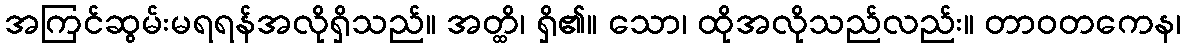
အကြင်ဆွမ်းမရရန်အလိုရှိသည်။ အတ္ထိ၊ ရှိ၏။ သော၊ ထိုအလိုသည်လည်း။ တာဝတကေန၊